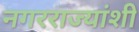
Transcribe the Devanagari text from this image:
नगरराज्यांशी